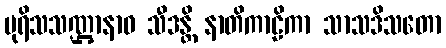
ပုရိသသဏ္ဌာနာဝ သီဒန္တိ နာတိကာဠိကာ သာသဒိသတော